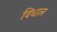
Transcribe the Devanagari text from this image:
विधाल